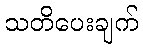
သတိပေးချက်